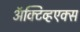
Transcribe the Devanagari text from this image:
ॲक्टिव्हएक्स